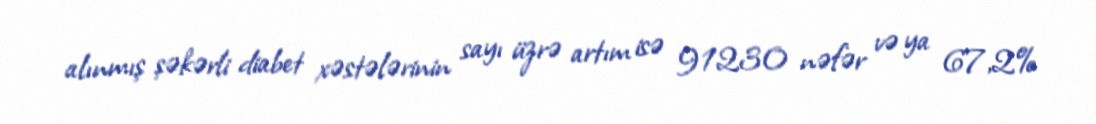
alınmış şəkərli diabet xəstələrinin sayı üzrə artım isə 91230 nəfər və ya 67,2%